Epidemic dropsy in Calcutta - Number 45
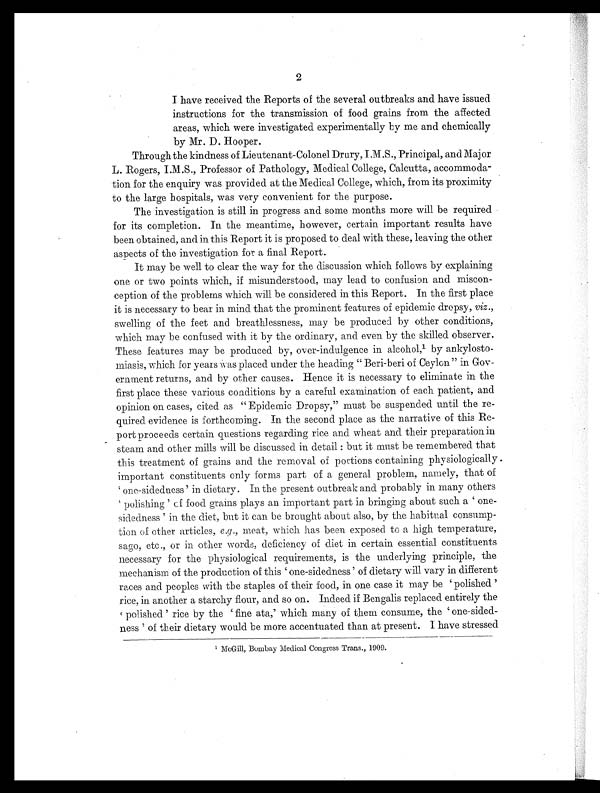
2
I have received the Reports of the several outbreaks and have issued
instructions for the transmission of food grains from the affected
areas, which were investigated experimentally by me and chemically
by Mr. D. Hooper.
Through the kindness of Lieutenant-Colonel Drury, I.M.S., Principal, and Major
L. Rogers, I.M.S., Professor of Pathology, Medical College, Calcutta, accommoda-
tion for the enquiry was provided at the Medical College, which, from its proximity
to the large hospitals, was very convenient for the purpose.
The investigation is still in progress and some months more will be required
for its completion. In the meantime, however, certain important results have
been obtained, and in this Report it is proposed to deal with these, leaving the other
aspects of the investigation for a final Report.
It may be well to clear the way for the discussion which follows by explaining
one or two points which, if misunderstood, may lead to confusion and miscon-
ception of the problems which will be considered in this Report. In the first place
it is necessary to bear in mind that the prominent features of epidemic dropsy, viz .,
swelling of the feet and breathlessness, may be produced by other conditions,
which may be confused with it by the ordinary, and even by the skilled observer.
These features may be produced by, over-indulgence in alcohol, 1 by ankylosto
miasis, which for years Was placed under the heading '' Beri-beri of Ceylon " in Gov
ernment returns, and by other causes. Hence it is necessary to eliminate in the
first place these various conditions by a careful examination of each patient, and
opinion on cases, cited as "Epidemic Dropsy," must be suspended until the re-
quired evidence is forthcoming. In the second place as the narrative of this Re-
port proceeds certain questions regarding rice and wheat and their preparation in
steam and other mills will be discussed in detail : but it must be remembered that
this treatment of grains and the removal of portions containing physiologically
important constituents only forms part of a general problem, namely, that of
'one-sidedness' in dietary. In the present outbreak and probably in many others
'polishing ' of food grains plays an important part in bringing about such a 'one-
sidedness ' in the diet, but it can be brought about also, by the habitual consump-
tion of other articles, e.g., meat, which has been exposed to a high temperature,
sago, etc., or in other words, deficiency of diet in certain essential constituents
necessary for the physiological requirements, is the underlying principle, the
mechanism of the production of this ' one-sidedness' of dietary will vary in different
races an.d peoples with the staples of their food, in one case it may be 'polished '
rice, in another a starchy flour, and so on. Indeed if Bengalis replaced entirely the
' polished ' rice by the 'fine ata,' which many of them consume, the 'one-sided-
ness ' of their dietary would be more accentuated than at present. I have stressed
1 McGill, Bombay Medical Congress Trans., 1909.